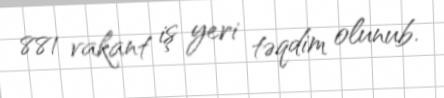
881 vakant iş yeri təqdim olunub.